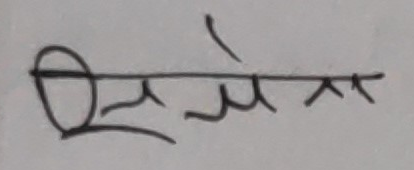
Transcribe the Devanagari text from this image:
ॐ रमे यय